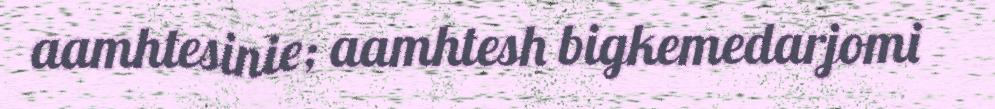
aamhtesinie; aamhtesh bigkemedarjomi